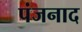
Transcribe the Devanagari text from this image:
पंजनाद